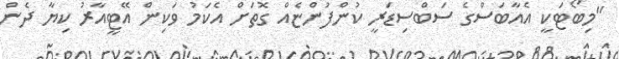
"މިބޯޓަކީ އެއާބަސްގެ ސަބްސިޑަރީ ކުންފުންޏެއް ގޮތަށް އެކަމު ވަކިން އޭޓީއާރު ކިޔާ ދެން